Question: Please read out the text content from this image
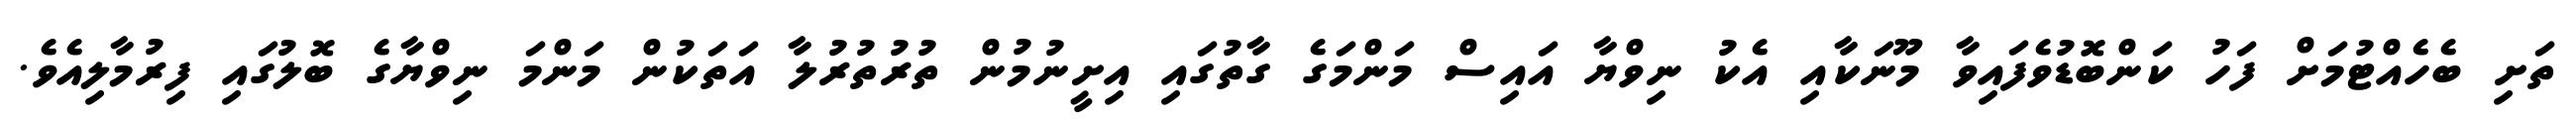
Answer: ތަށި ބެހެއްޓުމަށް ފަހު ކަންބޮޑުވެފައިވާ މޫނަކާއި އެކު ނިވްޔާ އައިސް މަންމަގެ ގާތުގައި އިށީނުމުން ތުރުތުރުލާ އަތަކުން މަންމަ ނިވްޔާގެ ބޮލުގައި ފިރުމާލިއެވެ.